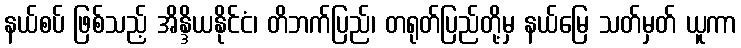
နယ်စပ် ဖြစ်သည့် အိန္ဒိယနိုင်ငံ၊ တိဘက်ပြည်၊ တရုတ်ပြည်တို့မှ နယ်မြေ သတ်မှတ် ယူကာ